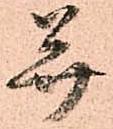
并